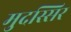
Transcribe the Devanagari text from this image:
मुदस्सिर